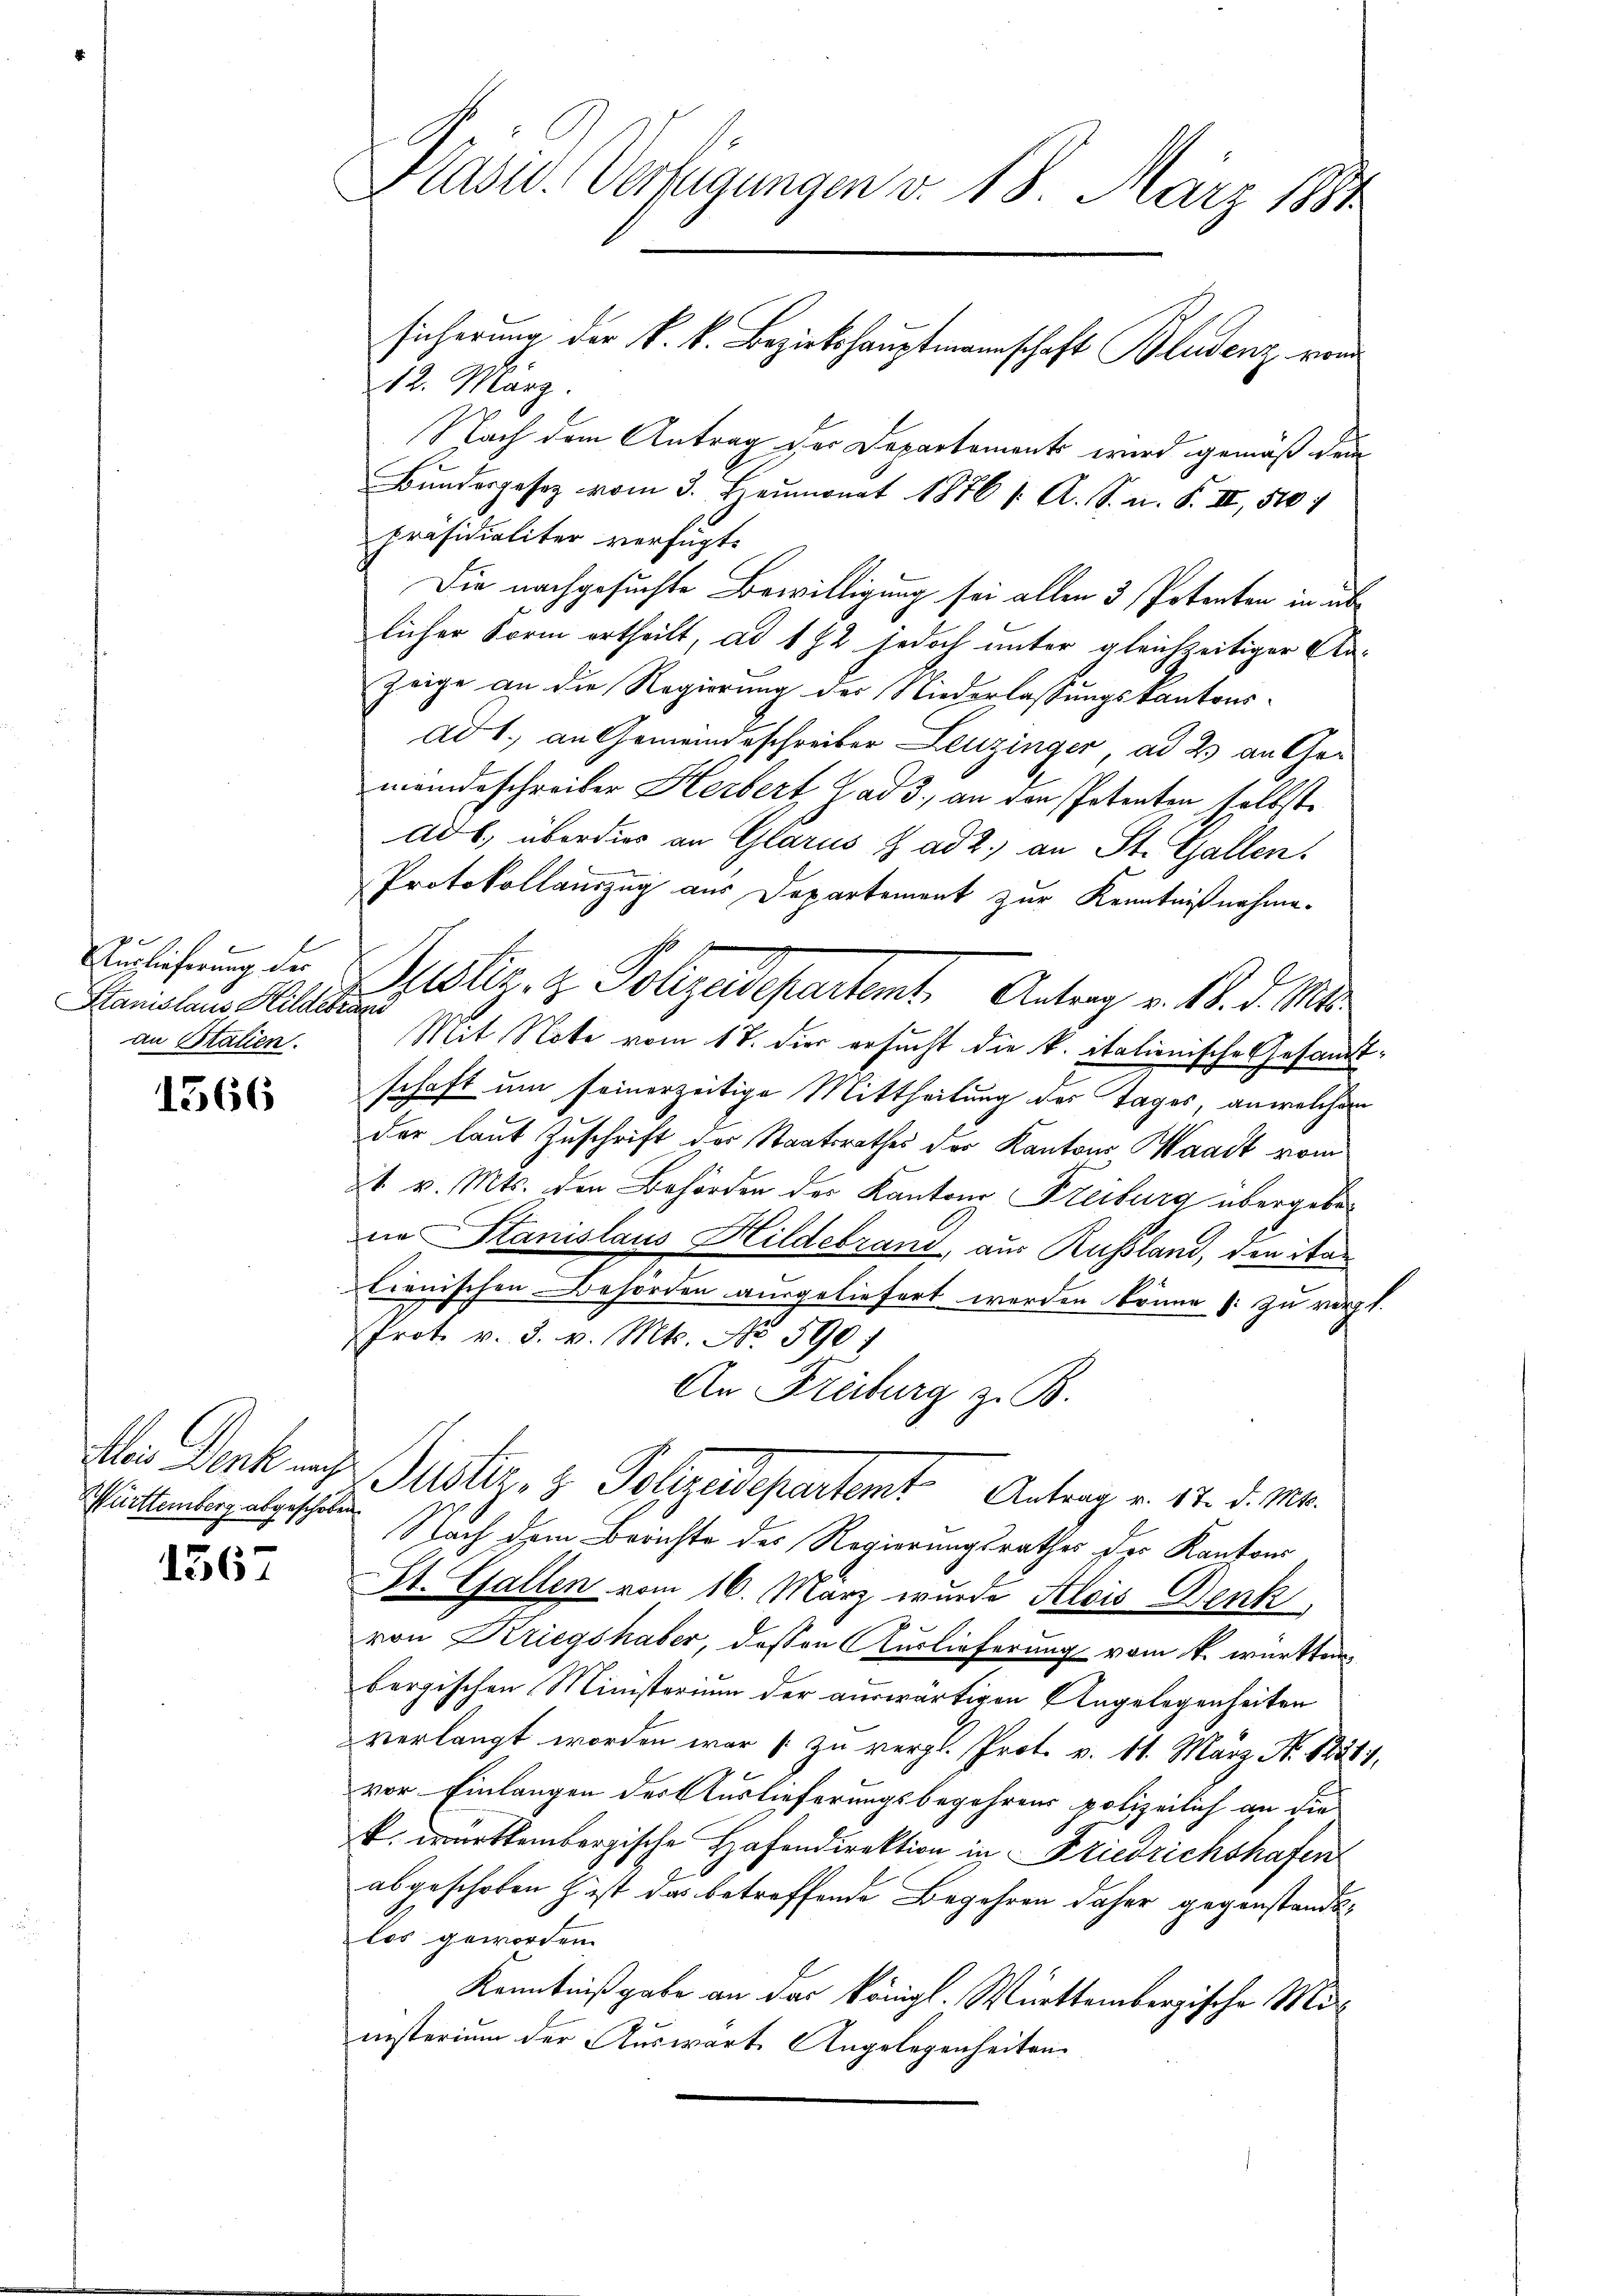
Auslieferung der
Stanislaus Hildebrani
an Statien.

1566

Württemberg abgeschoben.

1567

Präsid. Verfügungen v. 18. März 1891

212. März
Nach dem Antrag der Departements wird gemäß dem
Bŭndesgesetz vom 3. Heumonat 1876 s. A. S. n. F. III, 510 f
präsidialiter verfügt:
Die nachgesuchte Bewilligung sei allen 3 Petenten in üblicher Form ertheilt, ad 172 jedoch unter gleichzeitiger Anzeige an die Regierung des Niederlassungskantonsad 1., an Gemeindeschreiber Leuzinger, ad 2. an Gemeindeschreiber Herbert, Gad 3., an den Petenten selbst.
ad b.) überdies an Glarus & ad 2., an St. Gallen.
Protokollauszug aus Departement zur Kenntnißnahme.
Publiz. Z. Pollgadepertent. Antrag v. M. d. M.
Mit Note vom 17. dir ersucht die k. itationische Gesandtschaft um seinerzeitige Mittheilung des Tages, an welchem
der laut Zuschrift der Staatsrathes der Kantons Waadt vom
8t v. Mts. den Behörden des Kantons Freiburg übergebene Stanislaus Hildebrand, aus Russland, den itan
lienischen Behörden ausgeliefert werden könne : zu vergl.
rot. v. 3. v. Mts. No 590 f
An Freiburg z. B.
Mei Dank auf Justiz & Polizeidepartamt Antrag v. 17. d. Ms.
Nach dem Berichte des Regierungsrathes der Kantons
St. Gallen vom 16. März wurde Alois Denk
von Kriegshaber, dessen Auslieferung vom k. württem
bergischen Ministorium der auswärtigen Angelegenheiten
verlangt worden war [zu vergl. Prot. v. 11. März N. 1238,
vor Einlangen des Auslieferungsbegehrens polizeilich an die
k. württembergische Hafendirektion in Friedrichshafen
abgeschoben z ist das betreffende Begehren daher gegenstandtlos geworden.
Kenntnißgabe an das königl. Württembergische Ministerium der Auswarte Angelegenheiten

sicherung der k. k. Bezirkshauptmannschaft Bludenz von